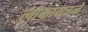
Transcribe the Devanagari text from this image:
लोकायतने